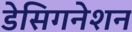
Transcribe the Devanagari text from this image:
डेसिगनेशन